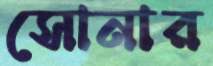
সোনার